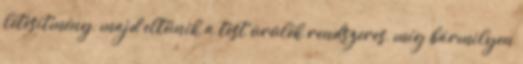
létesítmény, majd eltűnik a test ürülék rendszeres, míg bármilyen